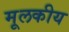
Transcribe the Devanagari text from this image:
मूलकीय